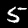
Label: 5